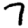
Digit: 7